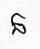
ន